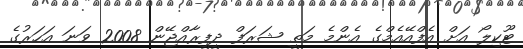
ޓޫކިލޯ އަށް އެފްއޭއެމްގެ އެންމެ މަތީ ޝަރަފް ދީފީރާއްޖޭން 2008 ވަނަ އަހަރުގެ